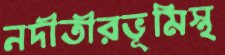
নদীতীরভূমিস্থ